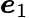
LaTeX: \boldsymbol{e}_{1}